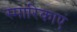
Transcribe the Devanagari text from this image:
स्मारिकाएं